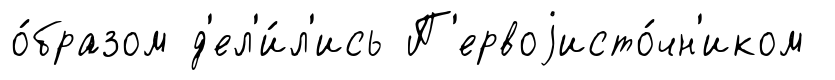
о́бразом д'ел'и́л'ись П'ервоjисто́чн'иком